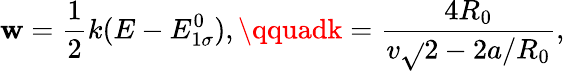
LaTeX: \mathbf{w}=\frac{{1}}{{2}}k(E-E_{1\sigma}^{0}),\qquadk=\frac{{4R_{0}}}{{v\sqrt{}{{2-2a/R_{0}}}}},